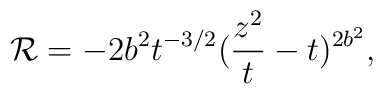
{\cal R} = -2 b^2 t^{-3/2}(\frac{z^2}{t}-t)^{2 b^2},